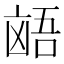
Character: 𫥩